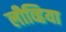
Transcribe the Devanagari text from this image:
लीव्हिया